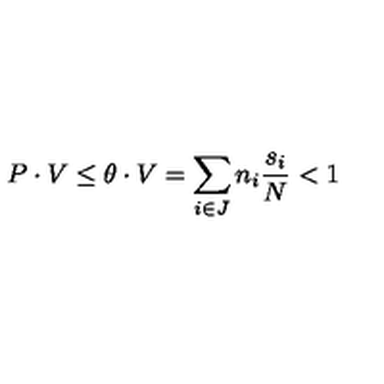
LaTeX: P \cdot V \le \theta \cdot V = \sum _ { i \in J } n _ { i } \frac { s _ { i } } { N } < 1